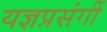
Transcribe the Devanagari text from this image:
यज्ञप्रसंगीं